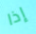
إذا